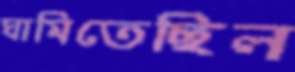
ঘামিতেছিল